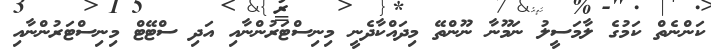
ކަންނެތް ކަމުގެ ލާމަސީލު ނަމޫނާ ނޫންތޭ މިދައްކާދެނީ މިނިސްޓަރުންނާއި އަދި ސްޓޭޓް މިނިސްޓަރުންނާއި